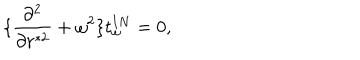
\{ { \frac { \partial ^ { 2 } } { \partial r ^ { * 2 } } } + \omega ^ { 2 } \} t _ { \omega } ^ { I N } = 0 ,